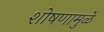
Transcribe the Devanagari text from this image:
शोषणामुळे